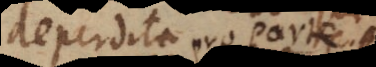
deperdita a